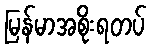
မြန်မာအစိုးရတပ်